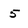
Character: 5